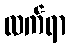
လက်ရာ